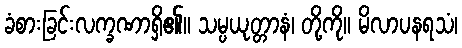
ခံစားခြင်းလက္ခဏာရှိ၏။ သမ္ပယုတ္တာနံ၊ တို့ကို။ မိလာပနရသံ၊